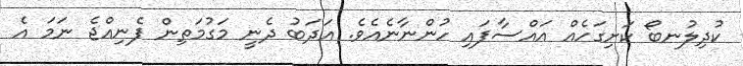
ކުދިލުނބޯ ކަށިގަހެއް އައްސާފައި ހުންނާނެއެވެ. އަދަބު ދެނީ މަގުމަތިން ފެނިއްޖެ ނަމަ އެ